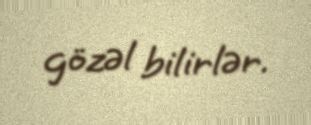
gözəl bilirlər.